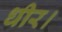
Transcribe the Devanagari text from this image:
धीर।